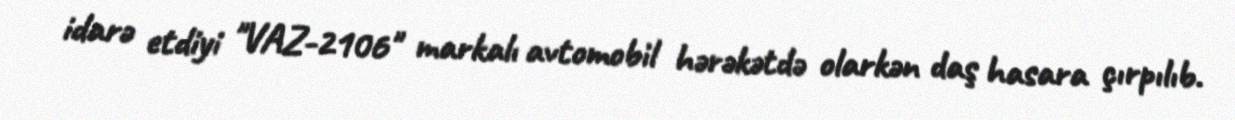
idarə etdiyi "VAZ-2106" markalı avtomobil hərəkətdə olarkən daş hasara çırpılıb.